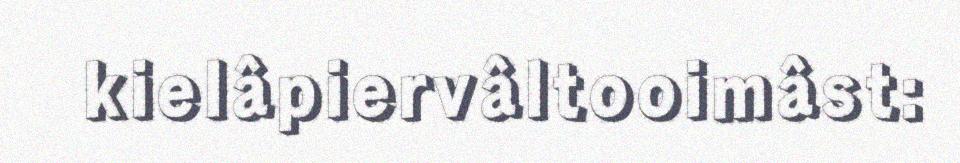
kielâpiervâltooimâst: